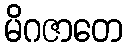
မိဂဇာတေ